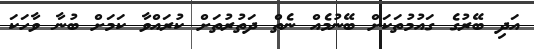
އަދި ބޭރުގެ ގައުމުތަކަށް ބޭނުމެއް ނެތް ދަތުރުތަށް ކުރައްވާ ކަމަށް ބުނާ ވާހަކަ